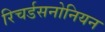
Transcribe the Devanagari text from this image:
रिचर्डसनोनियन